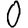
Digit: 0